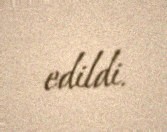
edildi.